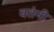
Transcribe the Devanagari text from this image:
वतंनी